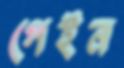
গেইন